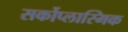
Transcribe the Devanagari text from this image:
सर्कोप्लास्मिक